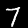
Label: 7